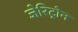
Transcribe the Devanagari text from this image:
जेरिट्रोन